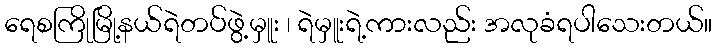
ရေစကြိုမြို့နယ်ရဲတပ်ဖွဲ့မှူး ၊ ရဲမှူးရဲ့ကားလည်း အလုခံရပါသေးတယ်။